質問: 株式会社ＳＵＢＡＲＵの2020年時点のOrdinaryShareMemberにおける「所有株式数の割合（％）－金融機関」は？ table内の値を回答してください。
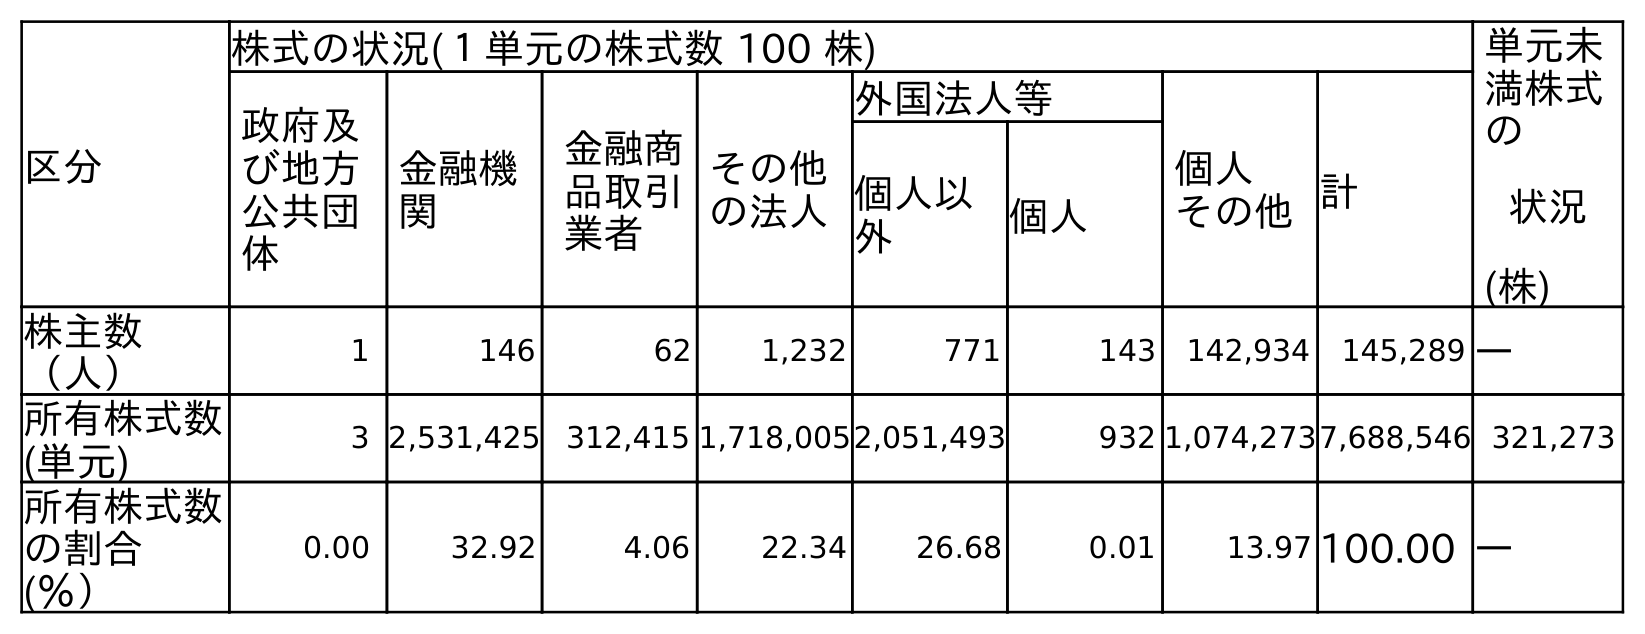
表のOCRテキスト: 区分 株式の状況(１単元の株式数 100 株) 単元未 満株式 の 状況 (株) 政府及 び地方 公共団 体 金融機 関 金融商 品取引 業者 その他 の法人 外国法人等 個人 その他計 個人以 外 個人 株主数 （人） 1 146 62 1,232 771 143 142,934 145,289 ― 所有株式数 (単元) 3 2,531,425 312,415 1,718,0052,051,493 932 1,074,2737,688,546 321,273 所有株式数 の割合 (％） 0.00 32.92 4.06 22.34 26.68 0.01 13.97 100.00 ―
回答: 32.92